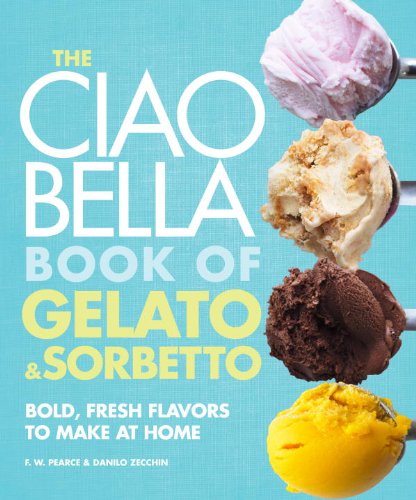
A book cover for The Ciao Bella Book of Gelato and Sorbetto: Bold, Fresh Flavors to Make at Home; F. W. Pearce; Cookbooks, Food & Wine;